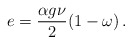
\begin{align*}e=\frac{\alpha g\nu }{2}(1-\omega)\,.\end{align*}